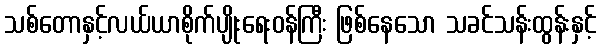
သစ်တောနှင့်လယ်ယာစိုက်ပျိုးရေးဝန်ကြီး ဖြစ်နေသော သခင်သန်းထွန်းနှင့်